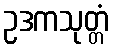
ဥဒကသုတ္တံ